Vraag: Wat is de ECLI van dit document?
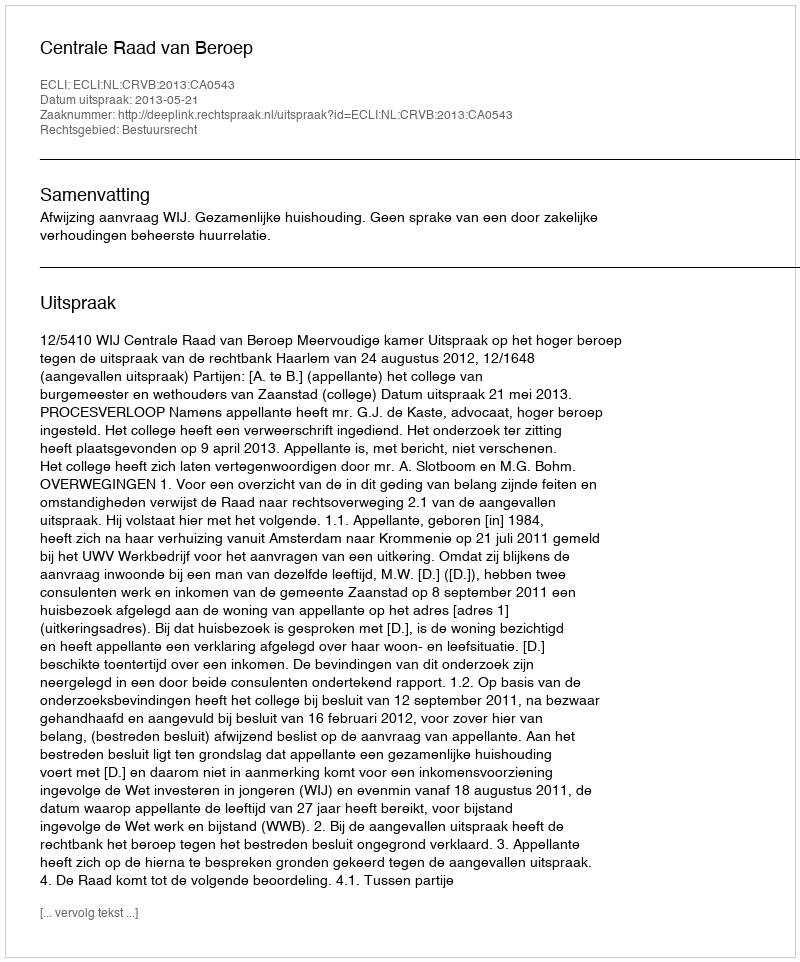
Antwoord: ECLI:NL:CRVB:2013:CA0543